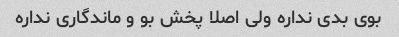
بوی بدی نداره ولی اصلا پخش بو و ماندگاری نداره